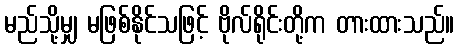
မည်သို့မျှ မဖြစ်နိုင်သဖြင့် ဗိုလ်ရိုင်းတို့က တားထားသည်။